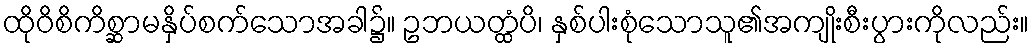
ထိုဝိစိကိစ္ဆာမနှိပ်စက်သောအခါ၌။ ဥဘယတ္ထံပိ၊ နှစ်ပါးစုံသောသူ၏အကျိုးစီးပွားကိုလည်း။